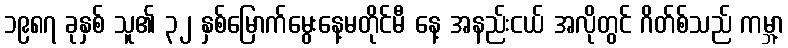
၁၉၈၇ ခုနှစ် သူ၏ ၃၂ နှစ်မြောက်မွေးနေ့မတိုင်မီ နေ့ အနည်းငယ် အလိုတွင် ဂိတ်စ်သည် ကမ္ဘာ့